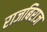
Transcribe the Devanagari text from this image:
राजबिराज